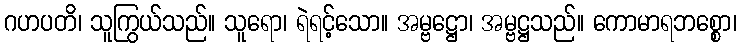
ဂဟပတိ၊ သူကြွယ်သည်။ သူရော၊ ရဲရင့်သော။ အမ္ဗဋ္ဌော၊ အမ္ဗဋ္ဌသည်။ ကောမာရဘစ္စော၊